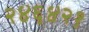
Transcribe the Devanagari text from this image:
२४६४२१